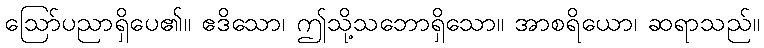
ဩော်ပညာရှိပေ၏။ ဧဒိသော၊ ဤသို့သဘောရှိသော။ အာစရိယော၊ ဆရာသည်။